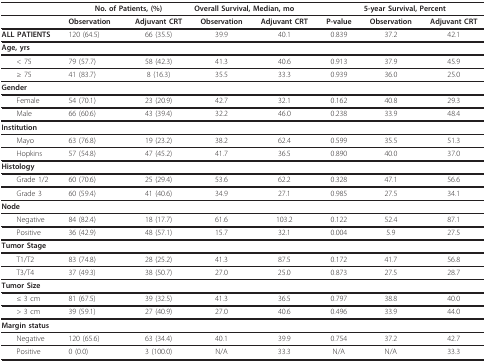
<table><thead><tr><td></td><td colspan="2"><b>No. of Patients, (%)</b></td><td colspan="3"><b>Overall Survival, Median, mo</b></td><td colspan="2"><b>5-year Survival, Percent</b></td></tr></thead><tbody><tr><td></td><td><b>Observation</b></td><td><b>Adjuvant CRT</b></td><td><b>Observation</b></td><td><b>Adjuvant CRT</b></td><td><b>P-value</b></td><td><b>Observation</b></td><td><b>Adjuvant CRT</b></td></tr><tr><td><b>ALL PATIENTS</b></td><td>120 (64.5)</td><td>66 (35.5)</td><td>39.9</td><td>40.1</td><td>0.839</td><td>37.2</td><td>42.1</td></tr><tr><td><b>Age, yrs</b></td><td></td><td></td><td></td><td></td><td></td><td></td><td></td></tr><tr><td> &lt; 75</td><td>79 (57.7)</td><td>58 (42.3)</td><td>41.3</td><td>40.6</td><td>0.913</td><td>37.9</td><td>45.9</td></tr><tr><td> ≥ 75</td><td>41 (83.7)</td><td>8 (16.3)</td><td>35.5</td><td>33.3</td><td>0.939</td><td>36.0</td><td>25.0</td></tr><tr><td><b>Gender</b></td><td></td><td></td><td></td><td></td><td></td><td></td><td></td></tr><tr><td> Female</td><td>54 (70.1)</td><td>23 (20.9)</td><td>42.7</td><td>32.1</td><td>0.162</td><td>40.8</td><td>29.3</td></tr><tr><td> Male</td><td>66 (60.6)</td><td>43 (39.4)</td><td>32.2</td><td>46.0</td><td>0.238</td><td>33.9</td><td>48.4</td></tr><tr><td><b>Institution</b></td><td></td><td></td><td></td><td></td><td></td><td></td><td></td></tr><tr><td> Mayo</td><td>63 (76.8)</td><td>19 (23.2)</td><td>38.2</td><td>62.4</td><td>0.599</td><td>35.5</td><td>51.3</td></tr><tr><td> Hopkins</td><td>57 (54.8)</td><td>47 (45.2)</td><td>41.7</td><td>36.5</td><td>0.890</td><td>40.0</td><td>37.0</td></tr><tr><td><b>Histology</b></td><td></td><td></td><td></td><td></td><td></td><td></td><td></td></tr><tr><td> Grade 1/2</td><td>60 (70.6)</td><td>25 (29.4)</td><td>53.6</td><td>62.2</td><td>0.328</td><td>47.1</td><td>56.6</td></tr><tr><td> Grade 3</td><td>60 (59.4)</td><td>41 (40.6)</td><td>34.9</td><td>27.1</td><td>0.985</td><td>27.5</td><td>34.1</td></tr><tr><td><b>Node</b></td><td></td><td></td><td></td><td></td><td></td><td></td><td></td></tr><tr><td> Negative</td><td>84 (82.4)</td><td>18 (17.7)</td><td>61.6</td><td>103.2</td><td>0.122</td><td>52.4</td><td>87.1</td></tr><tr><td> Positive</td><td>36 (42.9)</td><td>48 (57.1)</td><td>15.7</td><td>32.1</td><td>0.004</td><td>5.9</td><td>27.5</td></tr><tr><td><b>Tumor Stage</b></td><td></td><td></td><td></td><td></td><td></td><td></td><td></td></tr><tr><td> T1/T2</td><td>83 (74.8)</td><td>28 (25.2)</td><td>41.3</td><td>87.5</td><td>0.172</td><td>41.7</td><td>56.8</td></tr><tr><td> T3/T4</td><td>37 (49.3)</td><td>38 (50.7)</td><td>27.0</td><td>25.0</td><td>0.873</td><td>27.5</td><td>28.7</td></tr><tr><td><b>Tumor Size</b></td><td></td><td></td><td></td><td></td><td></td><td></td><td></td></tr><tr><td> ≤ 3 cm</td><td>81 (67.5)</td><td>39 (32.5)</td><td>41.3</td><td>36.5</td><td>0.797</td><td>38.8</td><td>40.0</td></tr><tr><td> &gt; 3 cm</td><td>39 (59.1)</td><td>27 (40.9)</td><td>27.0</td><td>40.6</td><td>0.496</td><td>33.9</td><td>44.0</td></tr><tr><td><b>Margin status</b></td><td></td><td></td><td></td><td></td><td></td><td></td><td></td></tr><tr><td> Negative</td><td>120 (65.6)</td><td>63 (34.4)</td><td>40.1</td><td>39.9</td><td>0.754</td><td>37.2</td><td>42.7</td></tr><tr><td> Positive</td><td>0 (0.0)</td><td>3 (100.0)</td><td>N/A</td><td>33.3</td><td>N/A</td><td>N/A</td><td>33.3</td></tr></tbody></table>